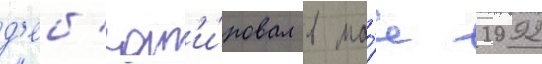
д'еб'ют'и́ровал в ма́е 1992